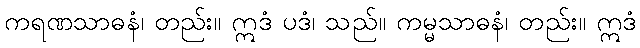
ကရဏသာဓနံ၊ တည်း။ ဣဒံ ပဒံ၊ သည်။ ကမ္မသာဓနံ၊ တည်း။ ဣဒံ